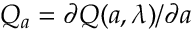
Q _ { a } = \partial Q ( a , \lambda ) / \partial a